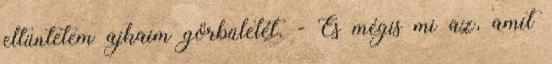
eltüntetem ajkaim görbületét. - És mégis mi az, amit